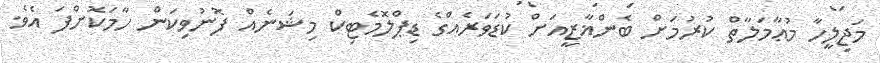
މަޖިލީހާ މުޢާމަލާތް ކުރުމަށް ބެންޣާޒީއަށް ކުޑަވަރެއްގެ ޑިޕްލޮމެޓިކް މިޝަނެއް ފޮނުވިކަން ހާމަކޮށްފަ އެވެ.